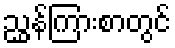
ညွှန်ကြားစာတွင်